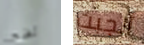
نضج أنجبت